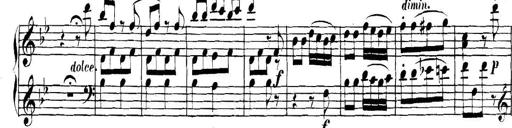
Title: Collected Piano Sonatas
Composer: Muzio Clementi